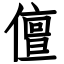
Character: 儃